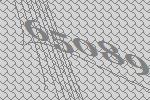
65089